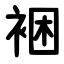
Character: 裍